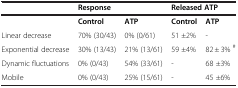
|  | <COLSPAN=2> Response | <COLSPAN=2> Released ATP |
 | --- | --- | --- | --- | --- |
 |  | Control | ATP | Control | ATP |
 | Linear decrease | 70% (30/43) | 0% (0/61) | 51 ±2% | - |
 | Exponential decrease | 30% (13/43) | 21% (13/61) | 59 ±4% | 82 ± 3% # |
 | Dynamic fluctuations | 0% (0/43) | 54% (33/61) | - | 68 ±3% |
 | Mobile | 0% (0/43) | 25% (15/61) | - | 45 ±6% |